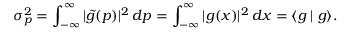
\sigma _ { p } ^ { 2 } = \int _ { - \infty } ^ { \infty } | { \tilde { g } } ( p ) | ^ { 2 } \, d p = \int _ { - \infty } ^ { \infty } | g ( x ) | ^ { 2 } \, d x = \langle g \mid g \rangle .